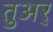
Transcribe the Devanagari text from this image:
तुअर्